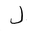
Letter: _lam